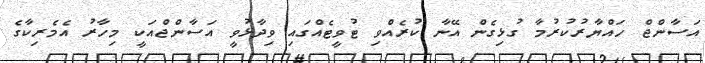
އަސާންޖް ހައްޔާރުކުރުމާ ގުޅިގެން އޭނާ ކުރެއްވި ޓުވީޓެއްގައި ވިދާޅުވީ އަސާންޖްއަކީ މިހާރު އެމެރިކާގެ